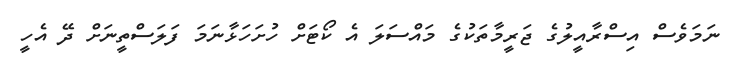
ނަމަވެސް އިސްރާއީލުގެ ޖަރީމާތަކުގެ މައްސަލަ އެ ކޯޓަށް ހުށަހަޅާނަމަ ފަލަސްތީނަށް ދޭ އެހީ